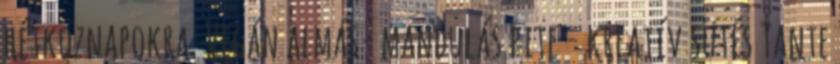
hétköznapokra. Vegán almás- mandulás pite - kreatív sütés Tante